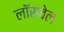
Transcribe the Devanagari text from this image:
लॉसवेल